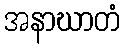
အနာဃာတံ